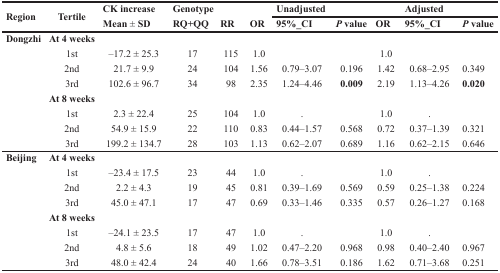
<table><thead><tr><td rowspan="2"><b>Region</b></td><td rowspan="2"><b>Tertile</b></td><td rowspan="2"><b>CK increaseMean ± SD</b></td><td rowspan="2"><b>GenotypeRQ+QQ</b></td><td rowspan="2"><b>RR</b></td><td rowspan="2"><b>OR</b></td><td><b>Unadjusted</b></td><td></td><td></td><td><b>Adjusted</b></td><td></td></tr><tr><td><b>95%_CI</b></td><td><b><i>P</i> value</b></td><td><b>OR</b></td><td><b>95%_CI</b></td><td><b><i>P</i> value</b></td></tr></thead><tbody><tr><td><b>Dongzhi</b></td><td><b>At 4 weeks</b></td><td></td><td></td><td></td><td></td><td></td><td></td><td></td><td></td><td></td></tr><tr><td></td><td>1st</td><td>–17.2 ± 25.3</td><td>17</td><td>115</td><td>1.0</td><td></td><td></td><td>1.0</td><td></td><td></td></tr><tr><td></td><td>2nd</td><td>21.7 ± 9.9</td><td>24</td><td>104</td><td>1.56</td><td>0.79–3.07</td><td>0.196</td><td>1.42</td><td>0.68–2.95</td><td>0.349</td></tr><tr><td></td><td>3rd</td><td>102.6 ± 96.7</td><td>34</td><td>98</td><td>2.35</td><td>1.24–4.46</td><td><b>0.009</b></td><td>2.19</td><td>1.13–4.26</td><td><b>0.020</b></td></tr><tr><td></td><td><b>At 8 weeks</b></td><td></td><td></td><td></td><td></td><td></td><td></td><td></td><td></td><td></td></tr><tr><td></td><td>1st</td><td>2.3 ± 22.4</td><td>25</td><td>104</td><td>1.0</td><td>.</td><td></td><td>1.0</td><td>.</td><td></td></tr><tr><td></td><td>2nd</td><td>54.9 ± 15.9</td><td>22</td><td>110</td><td>0.83</td><td>0.44–1.57</td><td>0.568</td><td>0.72</td><td>0.37–1.39</td><td>0.321</td></tr><tr><td></td><td>3rd</td><td>199.2 ± 134.7</td><td>28</td><td>103</td><td>1.13</td><td>0.62–2.07</td><td>0.689</td><td>1.16</td><td>0.62–2.15</td><td>0.646</td></tr><tr><td><b>Beijing</b></td><td><b>At 4 weeks</b></td><td></td><td></td><td></td><td></td><td></td><td></td><td></td><td></td><td></td></tr><tr><td></td><td>1st</td><td>–23.4 ± 17.5</td><td>23</td><td>44</td><td>1.0</td><td>.</td><td></td><td>1.0</td><td>.</td><td></td></tr><tr><td></td><td>2nd</td><td>2.2 ± 4.3</td><td>19</td><td>45</td><td>0.81</td><td>0.39–1.69</td><td>0.569</td><td>0.59</td><td>0.25–1.38</td><td>0.224</td></tr><tr><td></td><td>3rd</td><td>45.0 ± 47.1</td><td>17</td><td>47</td><td>0.69</td><td>0.33–1.46</td><td>0.335</td><td>0.57</td><td>0.26–1.27</td><td>0.168</td></tr><tr><td></td><td><b>At 8 weeks</b></td><td></td><td></td><td></td><td></td><td></td><td></td><td></td><td></td><td></td></tr><tr><td></td><td>1st</td><td>–24.1 ± 23.5</td><td>17</td><td>47</td><td>1.0</td><td>.</td><td></td><td>1.0</td><td>.</td><td></td></tr><tr><td></td><td>2nd</td><td>4.8 ± 5.6</td><td>18</td><td>49</td><td>1.02</td><td>0.47–2.20</td><td>0.968</td><td>0.98</td><td>0.40–2.40</td><td>0.967</td></tr><tr><td></td><td>3rd</td><td>48.0 ± 42.4</td><td>24</td><td>40</td><td>1.66</td><td>0.78–3.51</td><td>0.186</td><td>1.62</td><td>0.71–3.68</td><td>0.251</td></tr></tbody></table>